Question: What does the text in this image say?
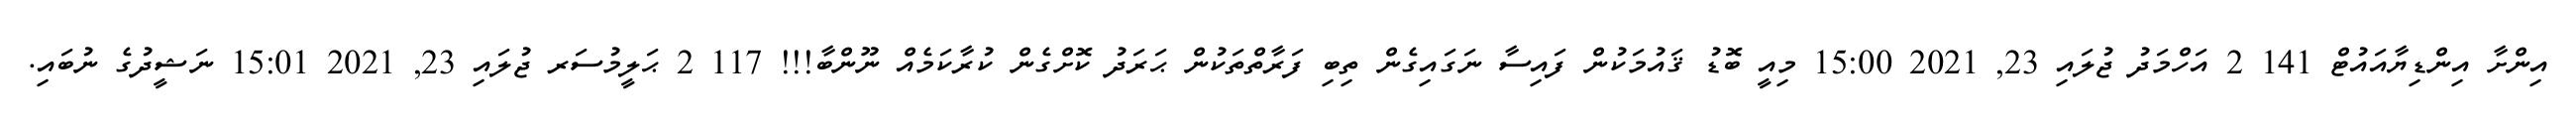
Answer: އިންށާ އިންޑިޔާއައުޓް 141 2 އަހްމަދު ޖުލައި 23, 2021 15:00 މިއީ ބޮޑު ޤައުމަކުން ފައިސާ ނަގައިގެން ތިބި ފަރާތްތަކުން ޙަރަދު ކޮށްގެން ކުރާކަމެއް ނޫންބާ!!! 117 2 ޙަލީމުސަރ ޖުލައި 23, 2021 15:01 ނަޝީދުގެ ނުބައި.